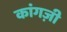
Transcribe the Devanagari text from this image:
कांगज़ी